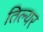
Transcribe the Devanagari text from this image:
तिल्यर